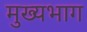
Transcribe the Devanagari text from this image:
मुख्यभाग